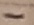
Text: -